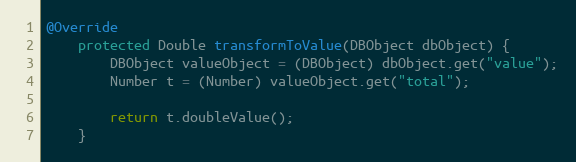
Language: Java
@Override
    protected Double transformToValue(DBObject dbObject) {
        DBObject valueObject = (DBObject) dbObject.get("value");
        Number t = (Number) valueObject.get("total");

        return t.doubleValue();
    }